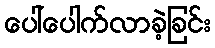
ပေါ်ပေါက်လာခဲ့ခြင်း